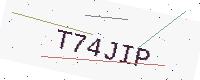
Text: T74JIP